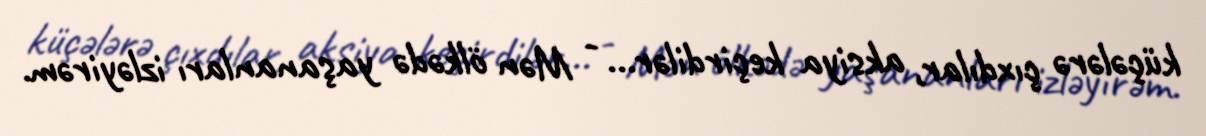
küçələrə çıxdılar, aksiya keçirdilər... - Mən ölkədə yaşananları izləyirəm.